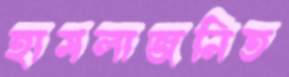
হামলাজনিত